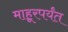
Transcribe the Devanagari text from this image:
माहूरपर्यंत